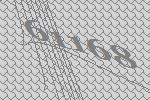
61168